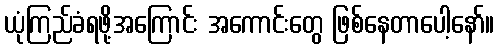
ယုံကြည်ခံရဖို့အကြောင်း အကောင်းတွေ ဖြစ်နေတာပေါ့နော်။